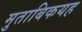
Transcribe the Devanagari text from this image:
मुताबिकयह